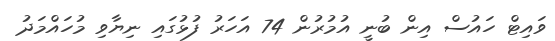
ވައިޓް ހައުސް އިން ބުނީ އުމުރުން 74 އަހަރު ފުޅުގައި ނިޔާވި މުހައްމަދު